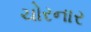
ચોરનાર